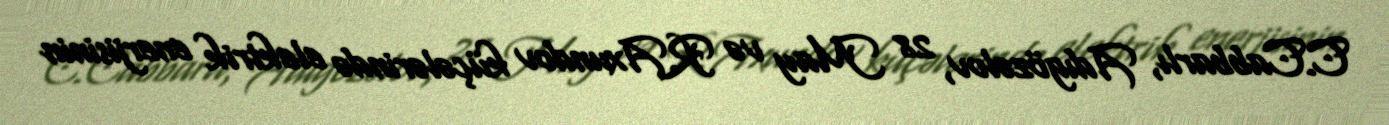
C.Cabbarlı, Adıgözəlov, 28 May və R.Axundov küçələrində elektrik enerjisinin